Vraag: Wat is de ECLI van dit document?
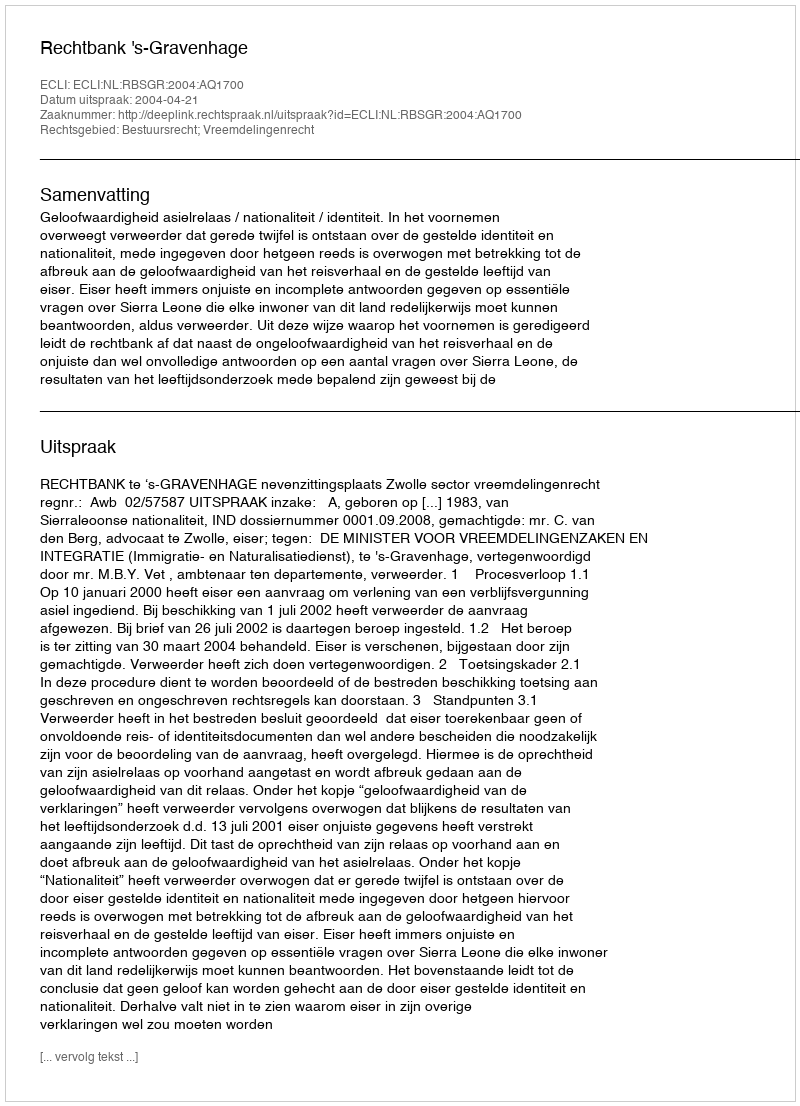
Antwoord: ECLI:NL:RBSGR:2004:AQ1700